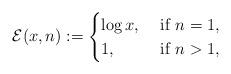
LaTeX: \begin{align*}\mathcal{E}(x,n) := \begin{cases}\log x, & \mbox{ if } n=1,\\1, & \mbox{ if } n>1, \end{cases}\end{align*}